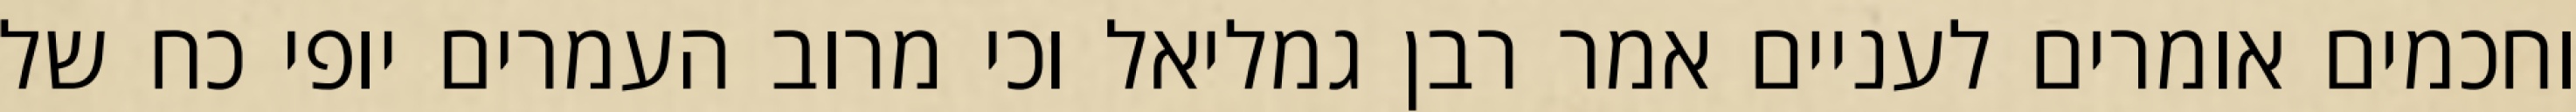
וחכמים אומרים לעניים אמר רבן גמליאל וכי מרוב העמרים יופי כח של